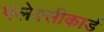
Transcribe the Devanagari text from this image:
फ्लेक्सीकार्ड